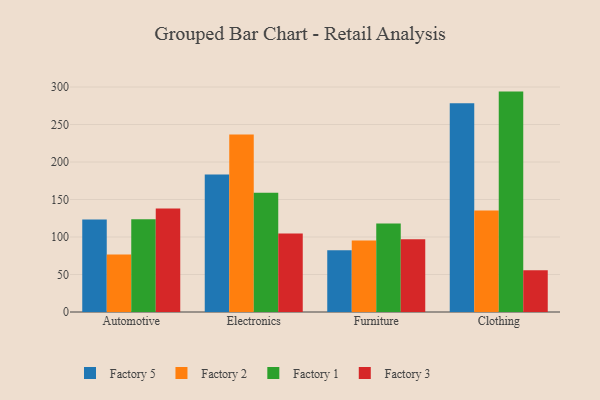
{"axis": {"x": "Category", "y": "Humidity (%)"}, "legend": ["Factory 1", "Factory 2", "Factory 3", "Factory 5"], "data": [{"x": "Automotive", "y": 123.4, "type": "Factory 5"}, {"x": "Automotive", "y": 76.7, "type": "Factory 2"}, {"x": "Automotive", "y": 123.8, "type": "Factory 1"}, {"x": "Automotive", "y": 138.0, "type": "Factory 3"}, {"x": "Electronics", "y": 183.2, "type": "Factory 5"}, {"x": "Electronics", "y": 236.6, "type": "Factory 2"}, {"x": "Electronics", "y": 159.1, "type": "Factory 1"}, {"x": "Electronics", "y": 104.6, "type": "Factory 3"}, {"x": "Furniture", "y": 82.4, "type": "Factory 5"}, {"x": "Furniture", "y": 95.2, "type": "Factory 2"}, {"x": "Furniture", "y": 118.1, "type": "Factory 1"}, {"x": "Furniture", "y": 96.9, "type": "Factory 3"}, {"x": "Clothing", "y": 278.4, "type": "Factory 5"}, {"x": "Clothing", "y": 135.3, "type": "Factory 2"}, {"x": "Clothing", "y": 293.9, "type": "Factory 1"}, {"x": "Clothing", "y": 55.7, "type": "Factory 3"}]}